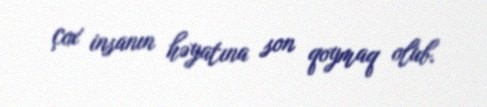
çox insanın həyatına son qoymaq olub.